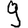
Digit: 9